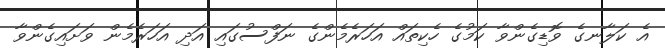
އެ ކަލާނގެ ވޮޑިގެންވާ ކަމުގެ ހެކިތައް އަހަރެމެންގެ ނަފްސުގައި އަދި އަހަރެމެން ވަށައިގެންވާ